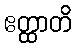
ဧတ္ထာတိ